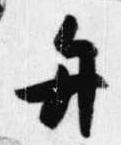
弁